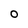
Character: O